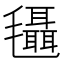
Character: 𣰼